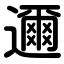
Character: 邇